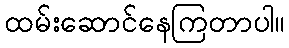
ထမ်းဆောင်နေကြတာပါ။